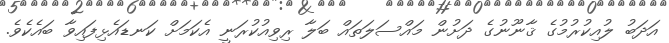
އަދަބު ލުއިކުރުމުގެ ޤާނޫނުގެ ދަށުން މައްސަލަތައް ބަލާ ރިވިއުކުރަނީ އެކަމަށް ކަނޑައެޅިފައިވާ ބައެކެވެ.